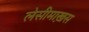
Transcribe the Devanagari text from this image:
लेसीमाख़स